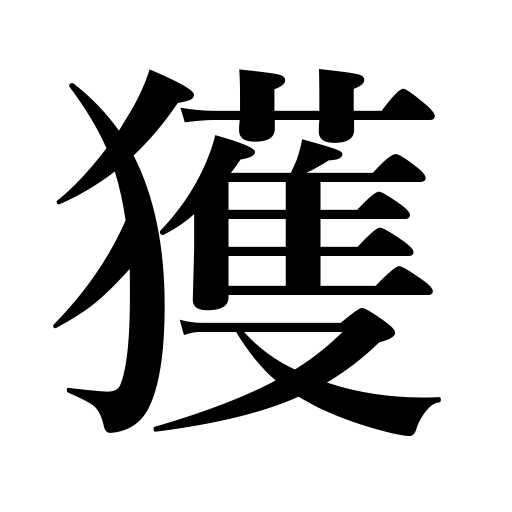
Meanings: be able to,gain,may,commit sin,can,acquire,win,receive,find,earn,get